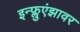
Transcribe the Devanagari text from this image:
इन्फ्लुएंझावर